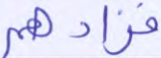
فزادهم